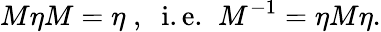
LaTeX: M\eta M=\eta\; ,\; \; \mathrm{i.e.}\; \; M^{-1}=\eta M\eta.